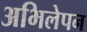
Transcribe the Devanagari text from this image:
अभिलेपन